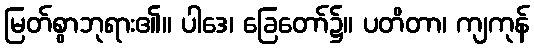
မြတ်စွာဘုရား၏။ ပါဒေ၊ ခြေတော်၌။ ပတိတာ၊ ကျကုန်